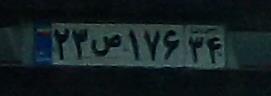
۲۳ص۱۷۶۳۴